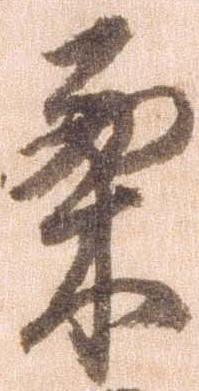
栗